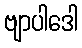
ဗျာပါဒေါ